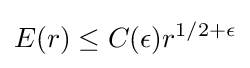
E(r)\leq C(\epsilon )r^{1/2+\epsilon }